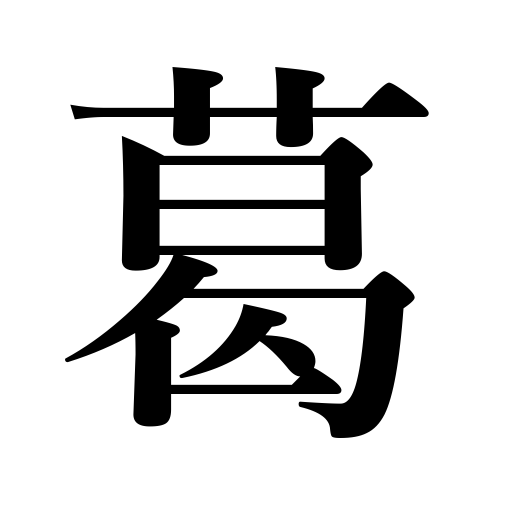
Meanings: arrowroot starch,arrowroot,a strong-fiber vine